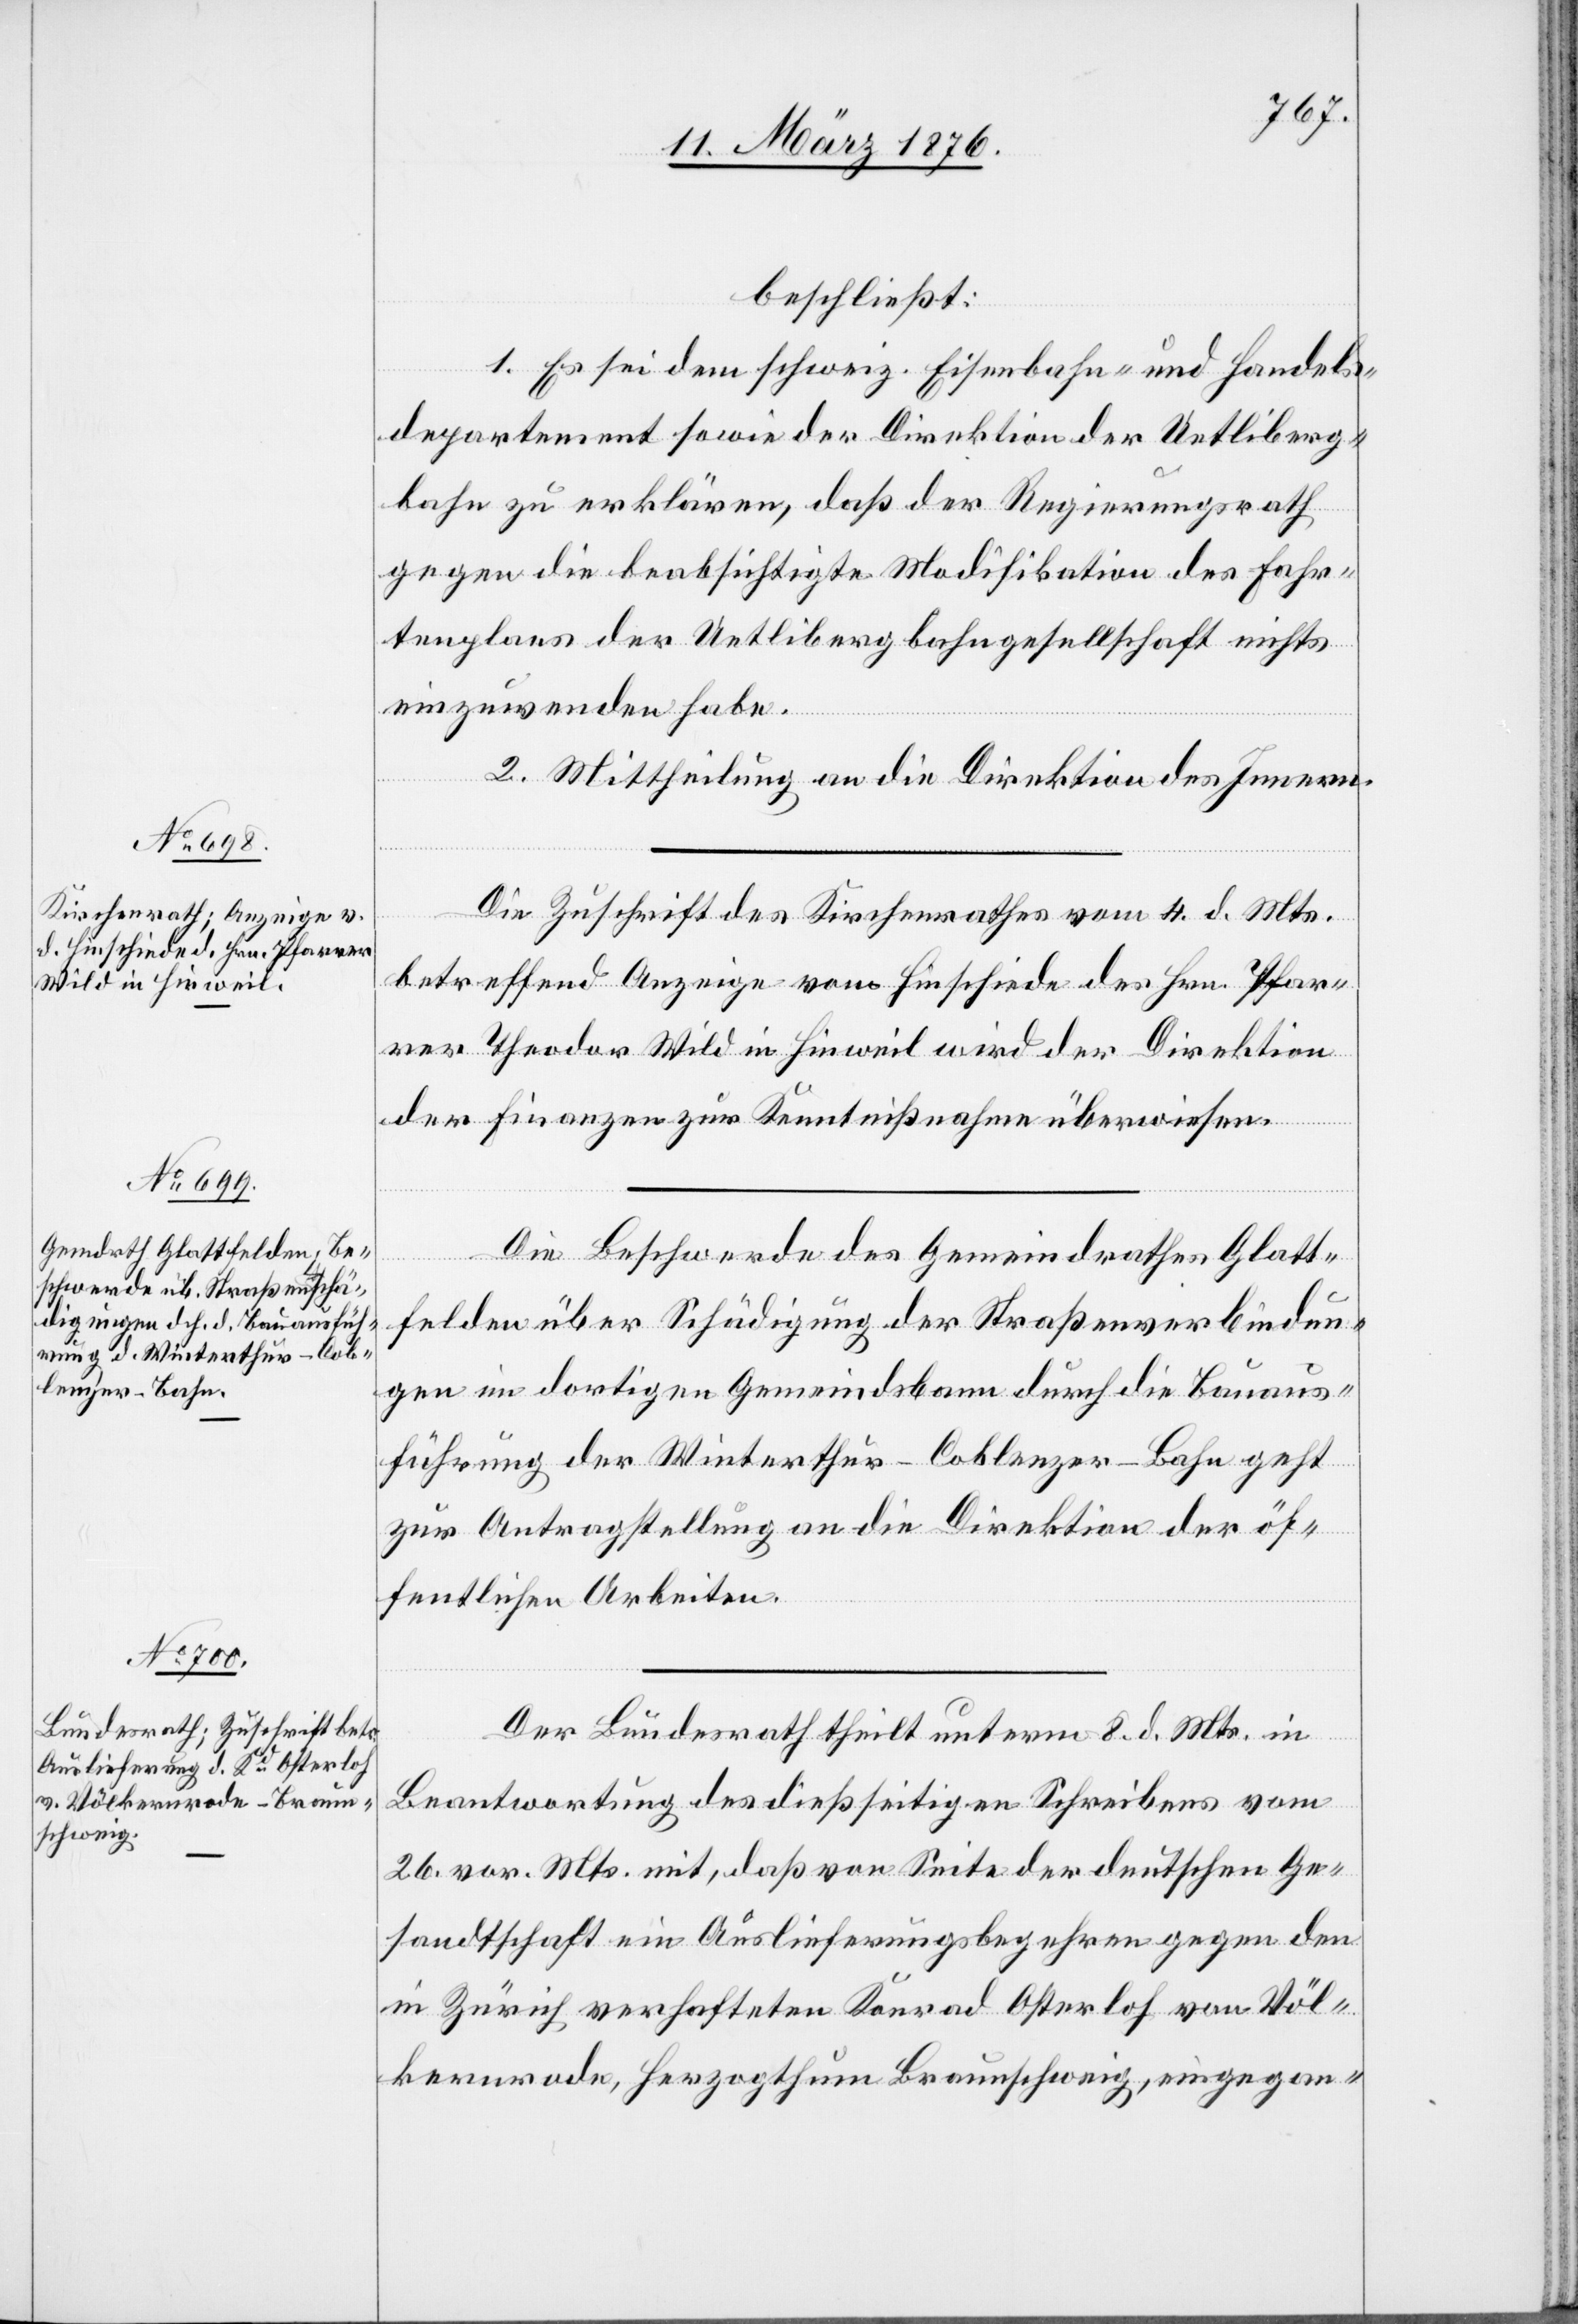
11. März 1876.]
beschließt:
1. Es sei dem schweiz. Eisenbahn- und Handels¬
departement sowie der Direktion der Uetliberg¬
bahn zu erklären, daß der Regierungsrath
gegen die beabsichtigte Modifikation des Fahr¬
tenplans der Uetlibergbahngesellschaft nichts
einzuwenden habe.
2. Mittheilung an die Direktion des Innern.
Die Zuschrift des Kirchenrathes vom 4. d. Mts.
betreffend Anzeige vom Hinschiede des Hrn. Pfar¬
rer Theodor Wild in Hinweil wird der Direktion
der Finanzen zur Kenntnißnahme überwiesen.
Die Beschwerde des Gemeindrathes Glatt¬
felden über Schädigung der Straßenverbindun¬
gen im dortigen Gemeindsbann durch die Bauaus¬
führung der Winterthur–Coblenz-Bahn geht
zur Antragstellung an die Direktion der öf¬
fentlichen Arbeiten.
Der Bundesrath theilt unterm 8. d. Mts. in
Beantwortung des dießseitigen Schreibens vom
26. vor. Mts. mit, daß von Seite der deutschen Ge¬
sandtschaft ein Auslieferungsbegehren gegen den
in Zürich verhafteten Konrad Osterloh von Völ¬
kernrode, Herzogthum Braunschweig, eingegan-